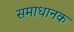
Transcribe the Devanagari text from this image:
समाधानक